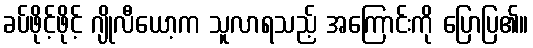
ခပ်ဖိုင့်ဖိုင့် ဂျိုလီယော့က သူလာရသည့် အကြောင်းကို ပြောပြ၏။